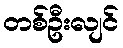
တစ်ဦးလျင်